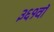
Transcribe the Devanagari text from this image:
३६१वॉ